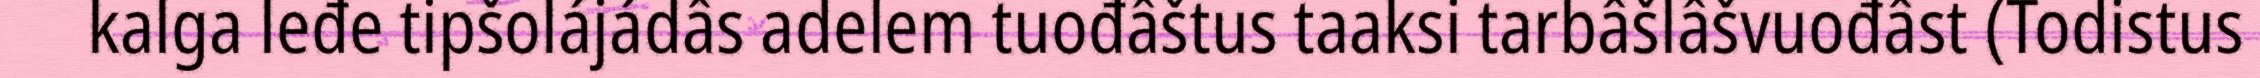
kalga leđe tipšolájádâs adelem tuođâštus taaksi tarbâšlâšvuođâst (Todistus